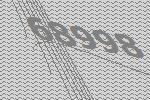
68998